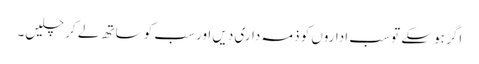
اگر ہو سکے تو سب اداروں کو ذمہ داری دیں اور سب کو ساتھ لے کر چلیں۔